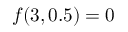
f ( 3 , 0 . 5 ) = 0